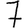
Digit: 7